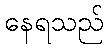
နေရသည်